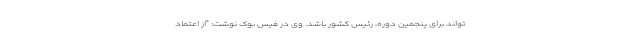
تواند برای پنجمین دوره، رئیس کشور باشد. وی در فیس بوک نوشت: "از اعتماد